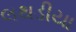
લથડીયા